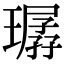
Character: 㻵